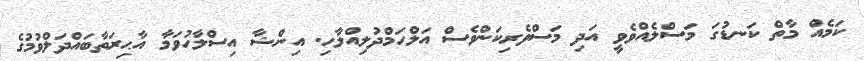
ކަމެއް މާތް ކަނޑުގަ މަސްލެއްވެވީ އަދި މަސްވެރިކަންވެސް އަލްހަމްދުލިއްލާހި. އިންޝާ އިސްލާހުވަމާ އާޙިރަތާބައްދަލްވުމުގެ